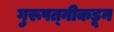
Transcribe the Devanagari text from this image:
गुरूपत्‍नीकडून